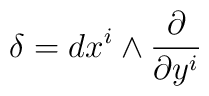
\delta = d x^i \wedge \frac{\partial}{\partial y^i}